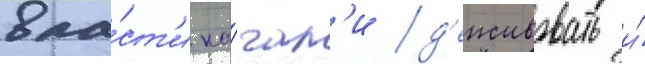
вла́ст'и на́чал'и д'еиствовать и́